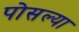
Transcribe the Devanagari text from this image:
पोसल्या